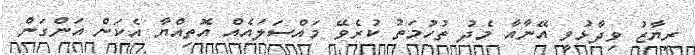
ރިޔާޒު ވިދާޅުވީ އޭނާއާ މެދު ތުހުމަތު ކުރެވޭ މައްސަލައެއް އޮތިއްޔާ އެކަން އަންގަން